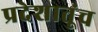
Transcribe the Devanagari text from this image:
प्रदेशातूंच